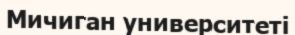
Мичиган университеті